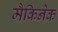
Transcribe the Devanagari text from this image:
मैकिनेक